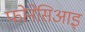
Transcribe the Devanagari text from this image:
फोनेसिआइ